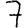
Digit: 7